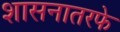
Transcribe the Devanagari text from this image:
शासनातरफे